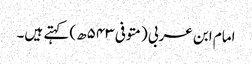
امام ابن عربی (متوفی ۵۴۳ھ) کہتے ہیں۔